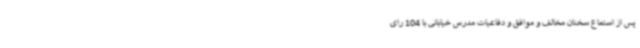
پس از استماع سخنان مخالف و موافق و دفاعیات مدرس خیابانی با 104 رای